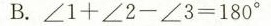
B.$$∠ 1 + ∠ 2 - ∠ 3 = 1 8 0 °$$